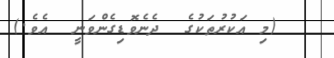
(މި އަކުރުތަކުގެ  ދެނެވޮޑިގެންވަނީ  އެވެ.)